Vaccination North-Western Provinces and Oudh 1878-1895 - 1878-1895
Year: 1878
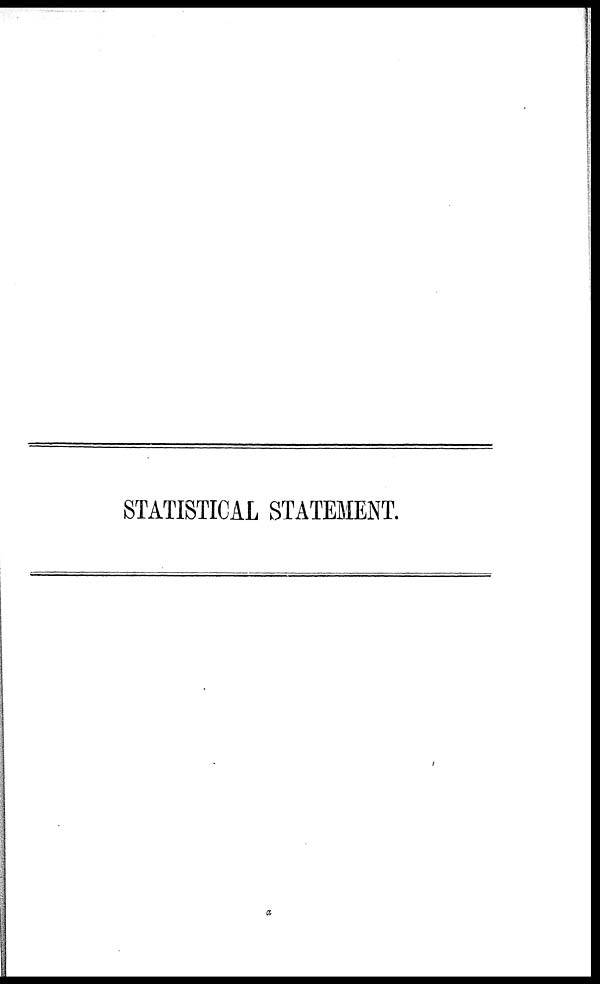
STATISTICAL STATEMENT.